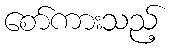
စော်ကားသည့်